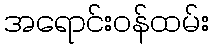
အရောင်းဝန်ထမ်း